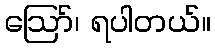
ဪ၊ ရပါတယ်။